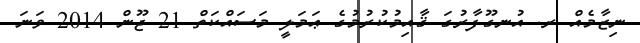
ނިޒާމެއް ރ. އުނގޫފާރުގަ ޤާއިމުކުރުމުގެ ޢަމަލީ މަސައްކަތް 21 ޖޫން 2014 ވަނަ